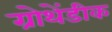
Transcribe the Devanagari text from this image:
ग्रोथेंडीक